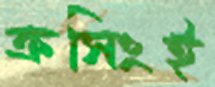
ক্রসিংই